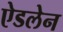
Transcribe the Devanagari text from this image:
ऐडलेन